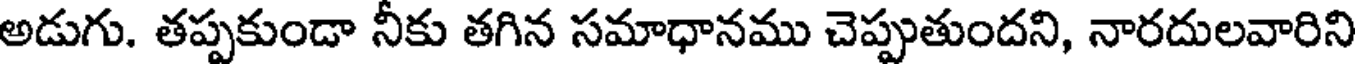
అడుగు. తప్పకుండా నీకు తగిన సమాధానము చెప్పుతుందని, నారదులవారిని